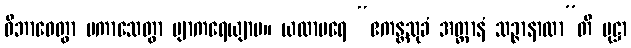
ဝိဘာဝေတွာ ပကာသေတွာ ဗျာကရေယျာမ။ ယထာပရေ “ဧကန္တသုခံ အတ္တာနံ သဉ္ဇာနာထာ”တိ ပုဋ္ဌာ